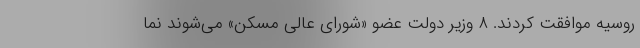
روسیه موافقت کردند. ۸ وزیر دولت عضو «شورای عالی مسکن» می‌شوند نما